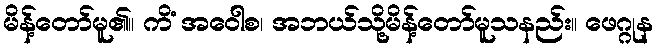
မိန့်တော်မူ၏။ ကိံ အဝေါစ၊ အဘယ်သို့မိန့်တော်မူသနည်း။ ဖေဂ္ဂုန